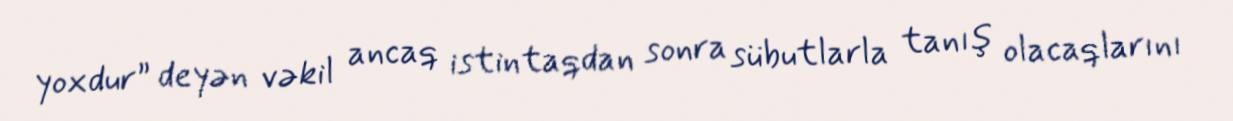
yoxdur” deyən vəkil ancaq istintaqdan sonra sübutlarla tanış olacaqlarını